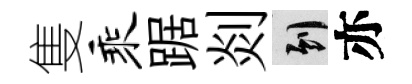
隻乘踞剡到亦